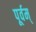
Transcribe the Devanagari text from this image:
पूर्वम्